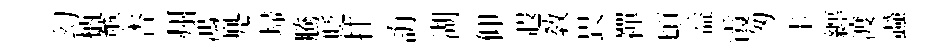
幻柄薰杏州鴻兠埽騰貶挂誨湖仰遐敎畏襌頃益霞匆圭纒渡蝨